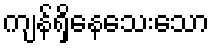
ကျန်ရှိနေသေးသော